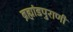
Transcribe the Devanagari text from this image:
ब्रह्मांडपुराणी